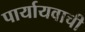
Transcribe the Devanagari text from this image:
पार्यायवाची